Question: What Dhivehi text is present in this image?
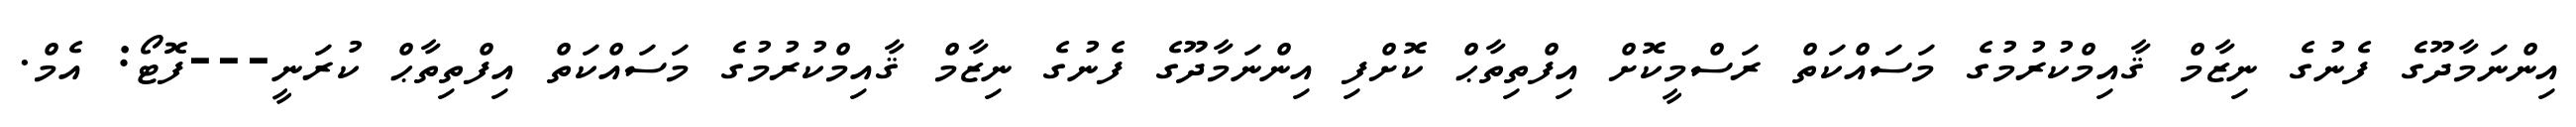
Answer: އިންނަމާދޫގެ ފެނުގެ ނިޒާމް ޤާއިމްކުރުމުގެ މަސައްކަތް ރަސްމީކޮށް އިފްތިތާޙް ކޮށްފި އިންނަމާދޫގެ ފެނުގެ ނިޒާމް ޤާއިމްކުރުމުގެ މަސައްކަތް އިފްތިތާޙް ކުރަނީ---ފޮޓޯ: އެމް.